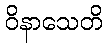
ဝိနာသေတိ